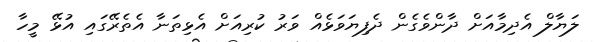
ލަޔާލް އެދިމާއަށް ދާންވެގެން ދެފިޔަވަޅެއް ވަރު ކުރިއަށް އެޅިތަނާ އެތެރޭގައި އުޅޭ މީހާ